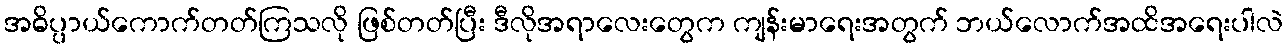
အဓိပ္ပာယ်ကောက်တတ်ကြသလို ဖြစ်တတ်ပြီး ဒီလိုအရာလေးတွေက ကျန်းမာရေးအတွက် ဘယ်လောက်အထိအရေးပါလဲ